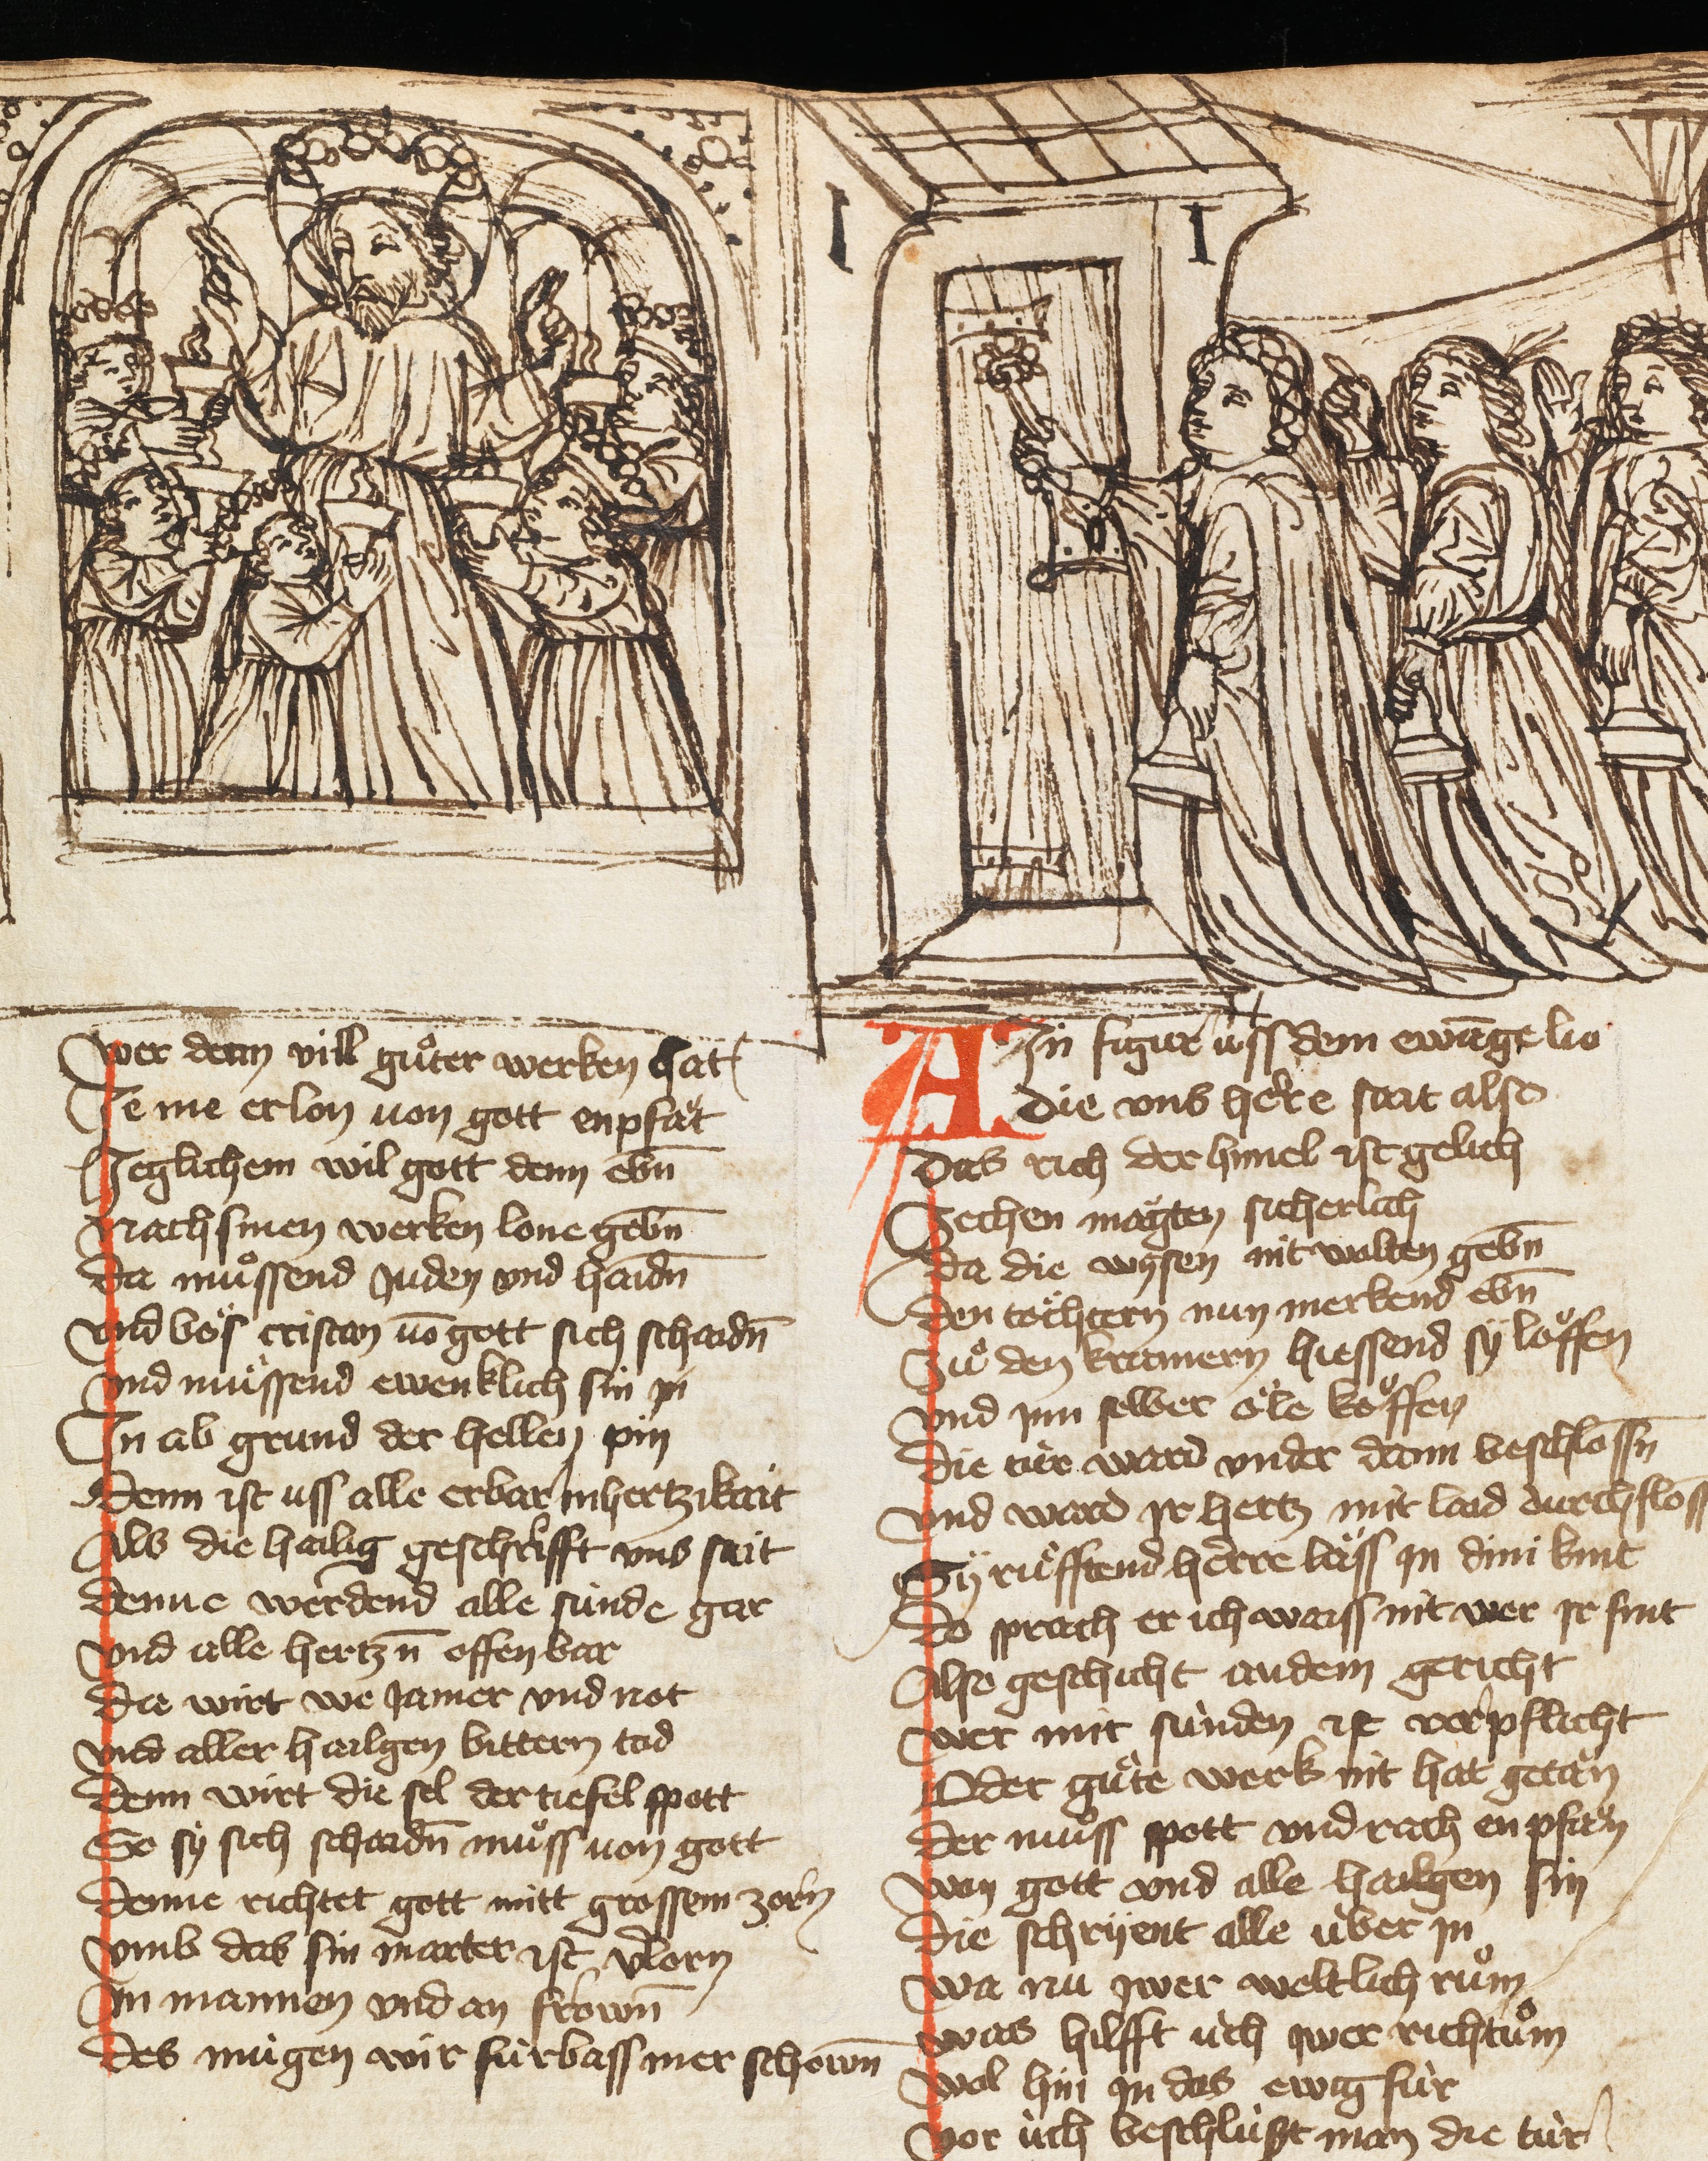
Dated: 1385–1415